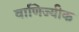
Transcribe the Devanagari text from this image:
वाणिज्यीक